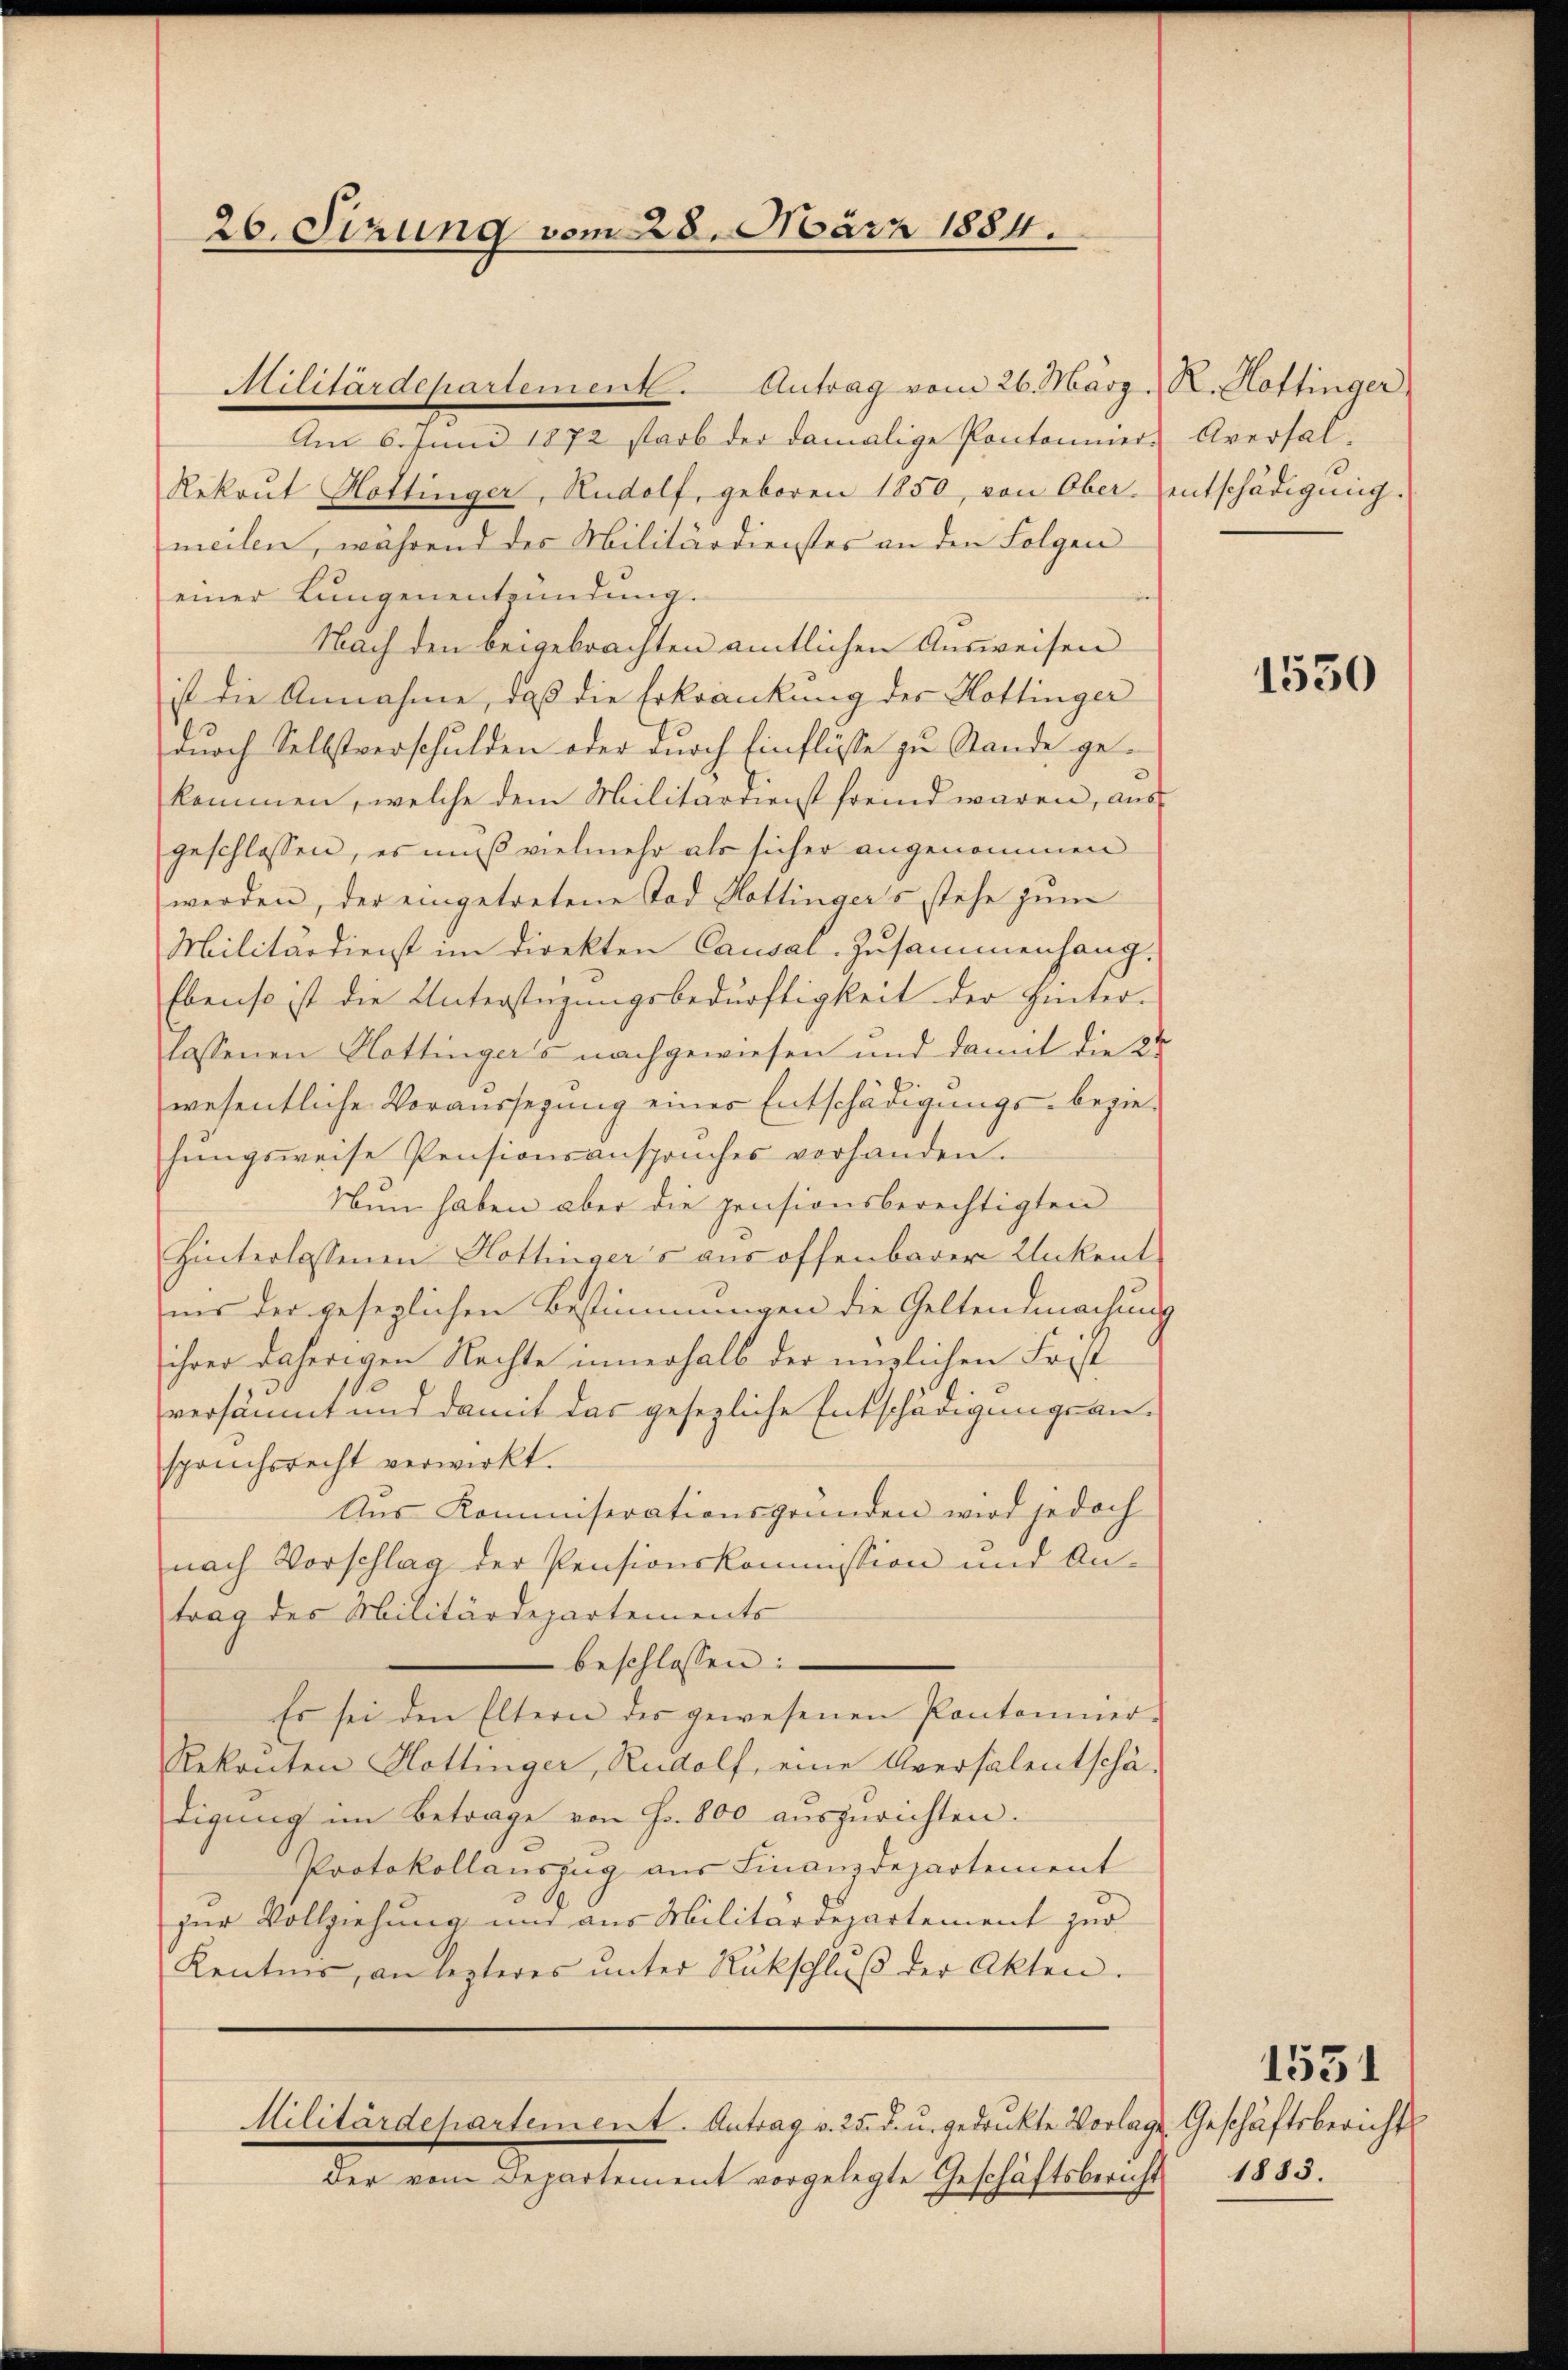
26. Sizung vom 28. März 1884.

Militärdepartement. Antrag vom 26. März. R. Hottinger
Am 6. Juni 1872 starb der damalige Pontonnier Aversal-
Rekrut Hottinger, Rudolf, geboren 1850, von Ober- entschädigung.
meilen, während des Militärdienstes an den Folgen
einer Lungenentzündung.
Nach den beigebrachten amtlichen Ausweisen
ist die Annahme, daß die Erkrankung der Hottinger
onoch Selbstverschulden oder durch Einflüsse zu Stande gekommen, welche dem Militärdienst fremd waren, aus
geschlossen, es muß vielmehr als sicher angenommen
werden, der eingetretene Tod Hottingers stehe zum
Militärdienst im direkten Causal-Zusammenhang.
Ebenso ist die Unterstüzungsbedürftigkeit der Hinter-
lassenen Hottingers nachgewiesen und damit die 22
wesentliche Voraussegŭng einer Entschädigungs- bezie-
hungsweise Pensionsanspruches vorhanden.
Nun haben aber die pensionsberechtigten
Hinterlassenen Hottinger's aus offenbarer Unkent
nes der gesezlichen Bestimmungen die Geltendmachung
ihrer daherigen Nachte innerhalb der englichen Forst
versäumt und damit das gesezliche Entschädigungsanspruchsrecht verwirkt.
Aus Kommiserationsgründen wird jedoch
nach Vorschlag der Pensionskommission und Antrag des Militärdepartements
beschlossen:
Es sei den Eltern des gewesenen Pontonnier-
Rekonten Hottinger, Rudolf, eine Aversalentschädigung im Betrage von Fr. 800 auszurichten.
Protokollauszug aus Finanzdepartement
zur Vollziehung und aus Militärdepartement zur
Kentnis, an lezteres ŭnter Rückschlŭβ der Akten.

Militärdepartement. Antrag v. 25. d. u. gedruckte Vorlage

der vom Departement vorgelegte Geschäftsbericht 1883.

1550

Geschäftsbericht

1531